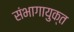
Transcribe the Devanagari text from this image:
संभागायुक्त